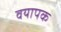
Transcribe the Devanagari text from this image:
वयापक